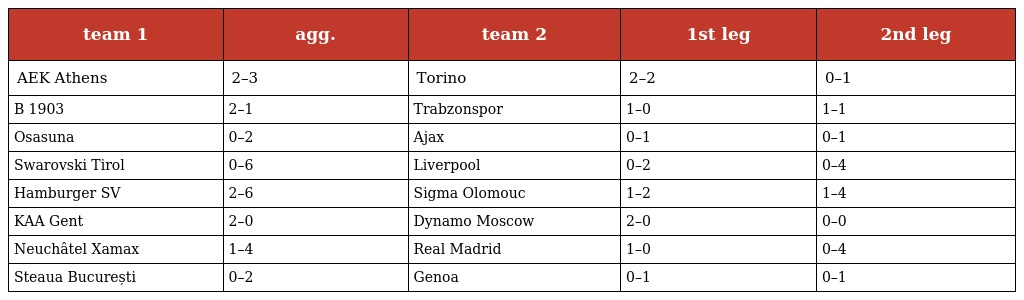
| team 1 | agg. | team 2 | 1st leg | 2nd leg |
 | --- | --- | --- | --- | --- |
 | AEK Athens | 2–3 | Torino | 2–2 | 0–1 |
 | B 1903 | 2–1 | Trabzonspor | 1–0 | 1–1 |
 | Osasuna | 0–2 | Ajax | 0–1 | 0–1 |
 | Swarovski Tirol | 0–6 | Liverpool | 0–2 | 0–4 |
 | Hamburger SV | 2–6 | Sigma Olomouc | 1–2 | 1–4 |
 | KAA Gent | 2–0 | Dynamo Moscow | 2–0 | 0–0 |
 | Neuchâtel Xamax | 1–4 | Real Madrid | 1–0 | 0–4 |
 | Steaua București | 0–2 | Genoa | 0–1 | 0–1 |